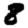
Digit: 8